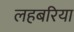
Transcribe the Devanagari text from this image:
लहबरिया